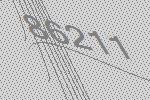
86211